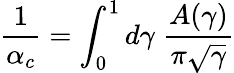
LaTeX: {\frac{1}{\alpha_{c}}}=\int_{0}^{1}d\gamma\; {\frac{A(\gamma)}{\pi\sqrt\gamma}}